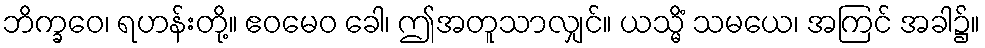
ဘိက္ခဝေ၊ ရဟန်းတို့။ ဧဝမေဝ ခေါ၊ ဤအတူသာလျှင်။ ယသ္မိံ သမယေ၊ အကြင် အခါ၌။